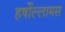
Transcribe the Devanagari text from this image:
हर्षोल्लामस